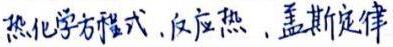
热化学方程式,反应热,盖斯定律